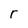
Character: r